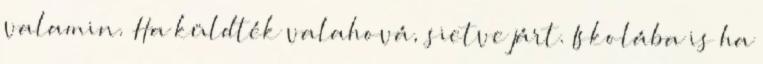
valamin. Ha küldték valahová, sietve járt. Iskolába is ha